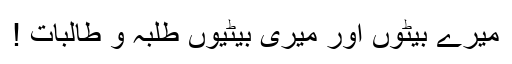
میرے بیٹوں اور میری بیٹیوں طلبہ و طالبات !